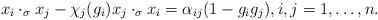
LaTeX: \begin{align*}x_i \cdot_\sigma x_j - \chi_j(g_i) x_j \cdot_\sigma x_i = \alpha_{ij} (1-g_ig_j), i,j=1,\dots,n.\end{align*}